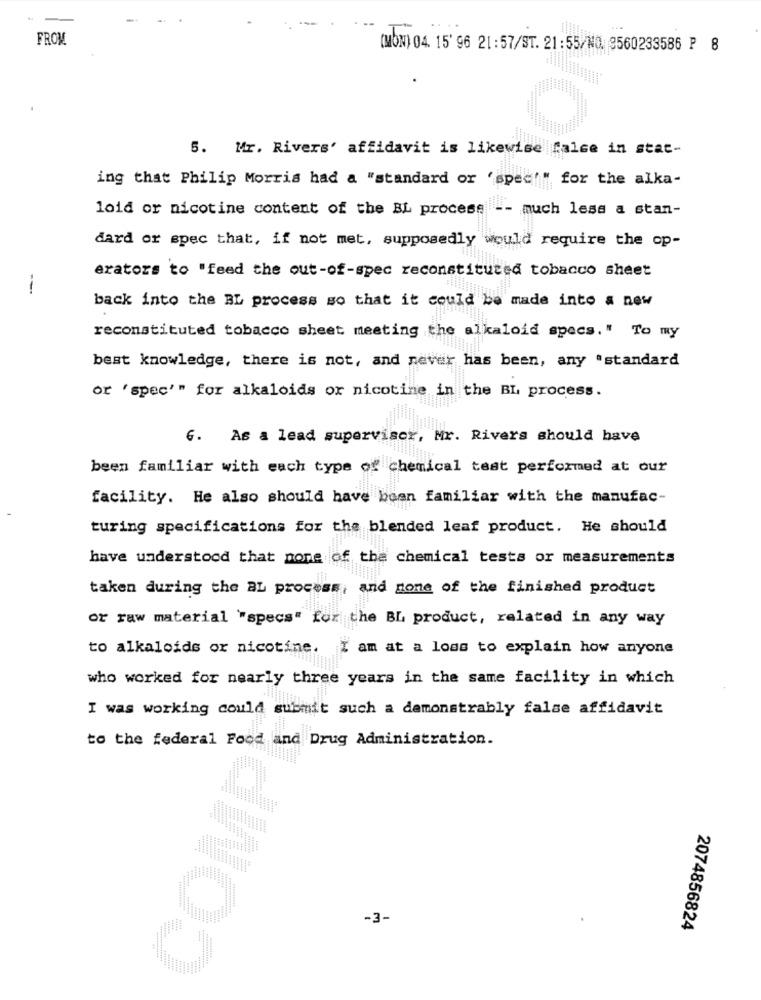
FROM
(MON) 04. 15' 96 21:57/ST. 21:55/NO 9560233586 P 8
5. Mr. Rivers' affidavit is likewise |false in stat-
ing that Philip Morris had a "standard or 'spec'" for the alka-
loid or nicotine content of the BL process -- much less a stan-
dard or spec that, if not met, supposedly would require the op-
erators to "feed the out-of-spec reconstituted tobacco sheet
--
back into the BL process so that it could be made into a new
reconstituted tobacco sheet meeting the alkaloid specs." To my
best knowledge, there is not, and never has been, any "standard
or 'spec'" for alkaloids or nicotine in the BL process.
G. As a lead supervisor, Mr. Rivers should have
been familiar with each type of chemical test performed at our
facility. He also should have been familiar with the manufac-
turing specifications for the blended leaf product. He should
have understood that none of the chemical tests or measurements
taken during the AL process, and none of the finished product
or raw material "specs" for the BL product, related in any way
to alkaloids or nicotine. I am at a loss to explain how anyone
who worked for nearly three years in the same facility in which
I was working could submit such a demonstrably false affidavit
to the federal Food and Drug Administration.
-3-
2074856824
dWoo